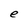
Character: e